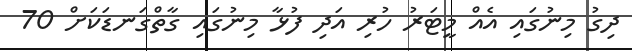
ދިގު މިނުގައި އެއް މީޓަރު ހުރި އަދި ފުޅާ މިނުގައި ގާތްގަނޑަކަށް 70